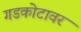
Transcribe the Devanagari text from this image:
गडकोटावर